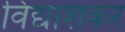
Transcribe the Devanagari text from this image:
विद्याशंकर